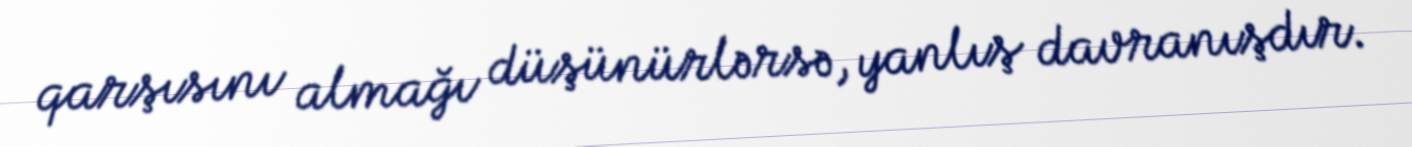
qarşısını almağı düşünürlərsə, yanlış davranışdır.